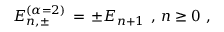
E _ { n , \pm } ^ { ( \alpha = 2 ) } \, = \, \pm E _ { n + 1 } \; \, , \, n \geq 0 \, \, ,